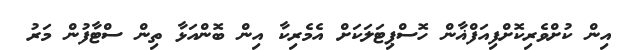
އިން ކުށްވެރިކޮށްފިއަފްޣާން ހޮސްޕިޓަލަކަށް އެމެރިކާ އިން ބޮންއަޅާ ތިން ސްޓާފުން މަރު